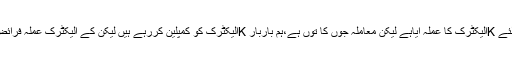
انہوں نے بتایاکہ متعددبار اس لائن کی مرمت کرنے کے لئے Kالیکٹرک کا عملہ آیاہے لیکن معاملہ جوں کا توں ہے،ہم باربار Kالیکٹرک کو کمپلین کررہے ہیں لیکن کے الیکٹرک عملہ فرائض کی انجام دہی میں کوتاہی اور غفلت کا مظاہرہ کررہاہے۔